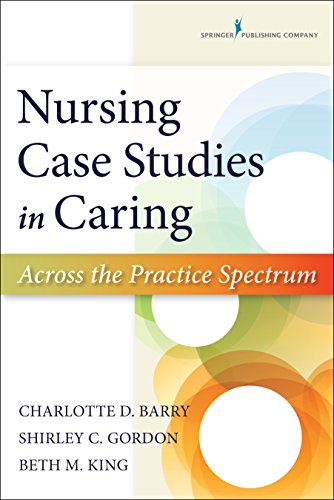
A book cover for Nursing Case Studies in Caring: Across the Practice Spectrum; Dr. Charlotte Barry PhD  RN  NCSN; Medical Books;